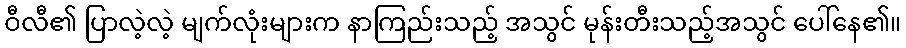
ဝီလီ၏ ပြာလဲ့လဲ့ မျက်လုံးများက နာကြည်းသည့် အသွင် မုန်းတီးသည့်အသွင် ပေါ်နေ၏။